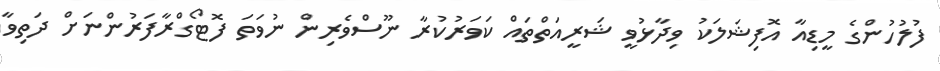
ފުލުހުންގެ މީޑިއާ އޮފިޝަލަކު ވިދާޅުވީ ޝަރީއަތްތައް ކަވަރުކުރާ ނޫސްވެރިން ނުވަތަ ފޮޓޯގްރާފަރުންނަށް ދަތިވާ